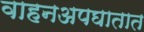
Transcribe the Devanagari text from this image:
वाहनअपघातात